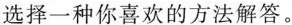
选择一种你喜欢的方法解答。